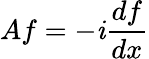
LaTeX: Af=-\mathit{i}{\frac{{df}}{{dx}}}